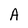
Character: A